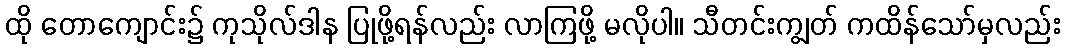
ထို တောကျောင်း၌ ကုသိုလ်ဒါန ပြုဖို့ရန်လည်း လာကြဖို့ မလိုပါ။ သီတင်းကျွတ် ကထိန်သော်မှလည်း